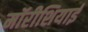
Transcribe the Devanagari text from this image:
मॉरीशियाई